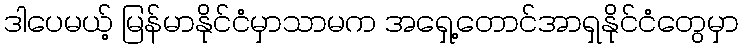
ဒါပေမယ့် မြန်မာနိုင်ငံမှာသာမက အရှေ့တောင်အာရှနိုင်ငံတွေမှာ